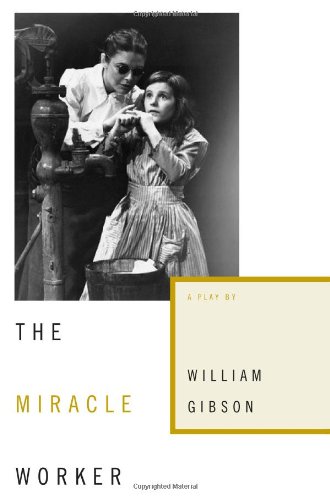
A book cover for The Miracle Worker: A Play; William Gibson; Literature & Fiction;